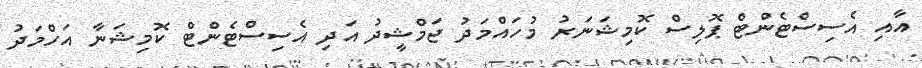
އާއި އެސިސްޓެންޓް ޕޮލިސް ކޮމިޝަނަރު މުހައްމަދު ޖަމްޝީދު އަދި އެސިސްޓެންޓް ކޮމިޝަނާ އަހްމަދު